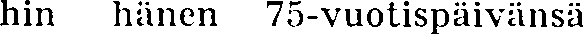
hin hänen 75-vuotispäivänsä